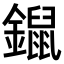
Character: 𨭿